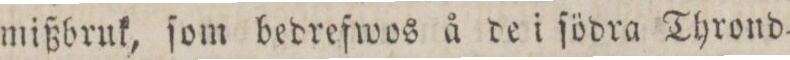
mißbruk, ſom bedrefwos å de i ſödra Thrond=